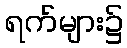
ရက်များ၌